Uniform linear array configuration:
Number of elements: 32
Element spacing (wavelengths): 0.5
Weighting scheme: cosine
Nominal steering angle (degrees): -15
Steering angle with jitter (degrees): -14.643
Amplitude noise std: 0.05
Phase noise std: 0.05

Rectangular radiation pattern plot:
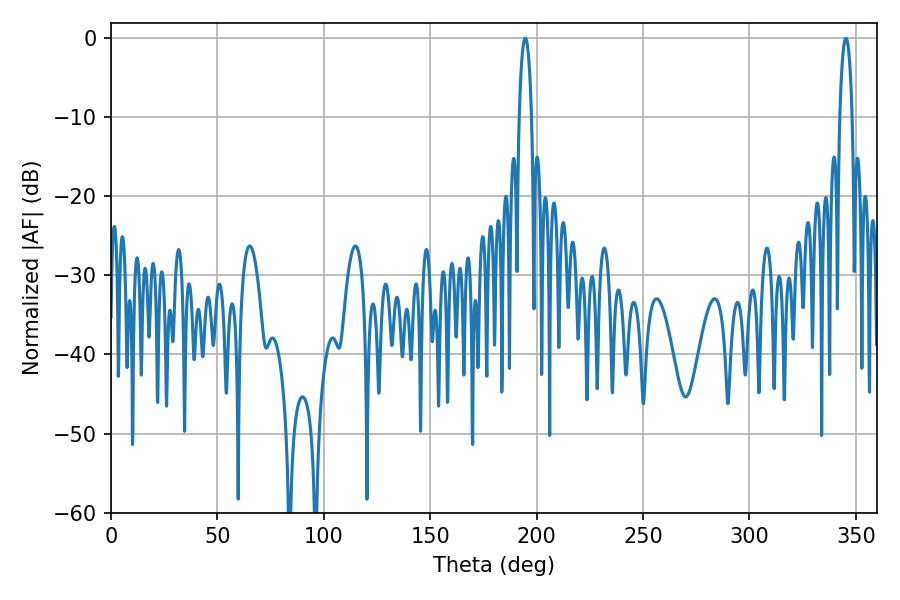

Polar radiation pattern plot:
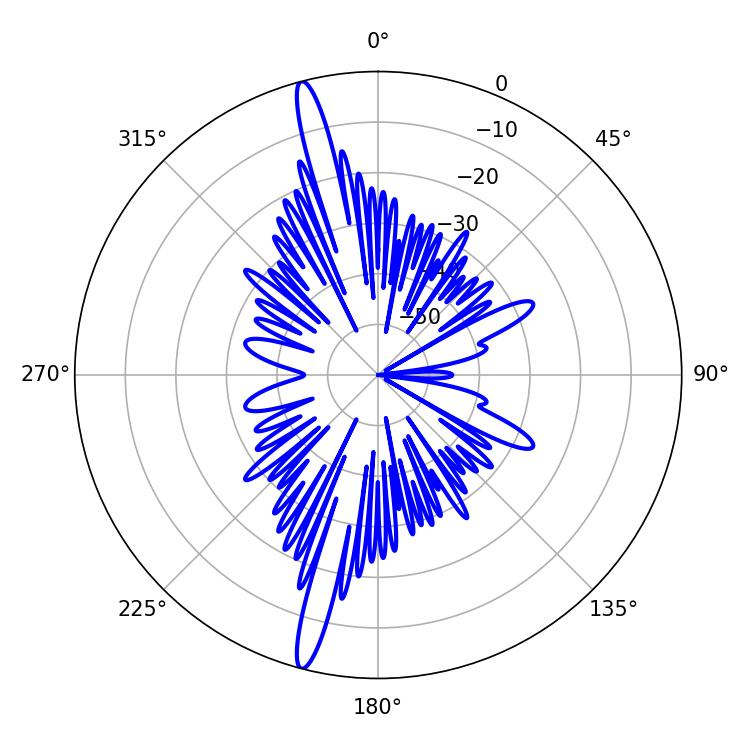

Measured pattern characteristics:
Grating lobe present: FALSE
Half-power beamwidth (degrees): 3.42
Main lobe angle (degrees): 194.58